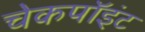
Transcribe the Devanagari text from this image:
चेकपॉइंट